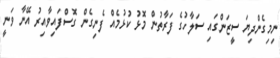
ނިމިގެންދިޔަ ސީޒަންގައި ސަލާހުގެ ފަަރާތުން މޮޅު ކުޅުމެއް ފެނިގެން ގޮސްފައިވާއިރު އޭނާ ވަނީ